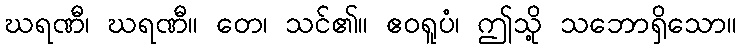
ဃရဏီ၊ ဃရဏီ။ တေ၊ သင်၏။ ဧဝရူပံ၊ ဤသို့ သဘောရှိသော။